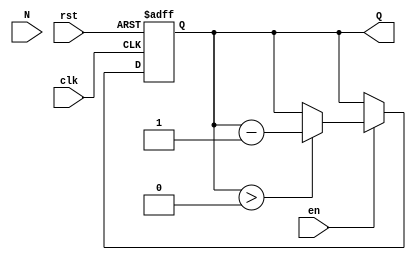
module down_counter (
    input wire clk,        // Clock signal
    input wire en,        // Enable signal
    input wire rst,       // Reset signal
    input wire [N-1:0] N, // Initial count value
    output reg [N-1:0] Q  // Current count value
);
    parameter N = 8; // Define the width of the counter (e.g., 8 bits)

    // Asynchronous reset and synchronous counting
    always @(posedge clk or posedge rst) begin
        if (rst) begin
            Q <= N; // Reset the counter to the initial value N
        end else if (en) begin
            if (Q > 0) begin
                Q <= Q - 1; // Decrement the counter if enabled
            end
            // If Q is already 0, it stays at 0
        end
    end
endmodule